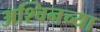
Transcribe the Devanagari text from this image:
अश्विनच्या